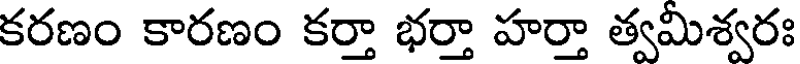
కరణం కారణం కర్తా భర్తా హర్తా త్వమిశ్వరః